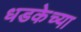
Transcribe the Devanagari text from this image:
धडकेच्या